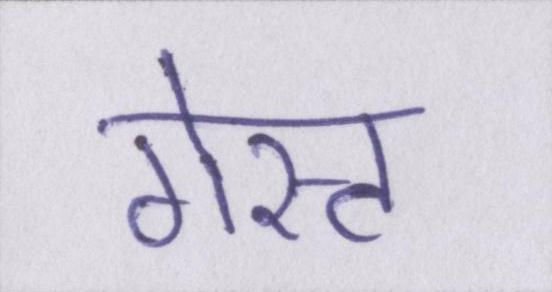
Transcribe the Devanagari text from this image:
गेस्ट